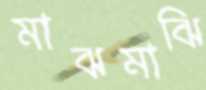
মাঝমাঝি